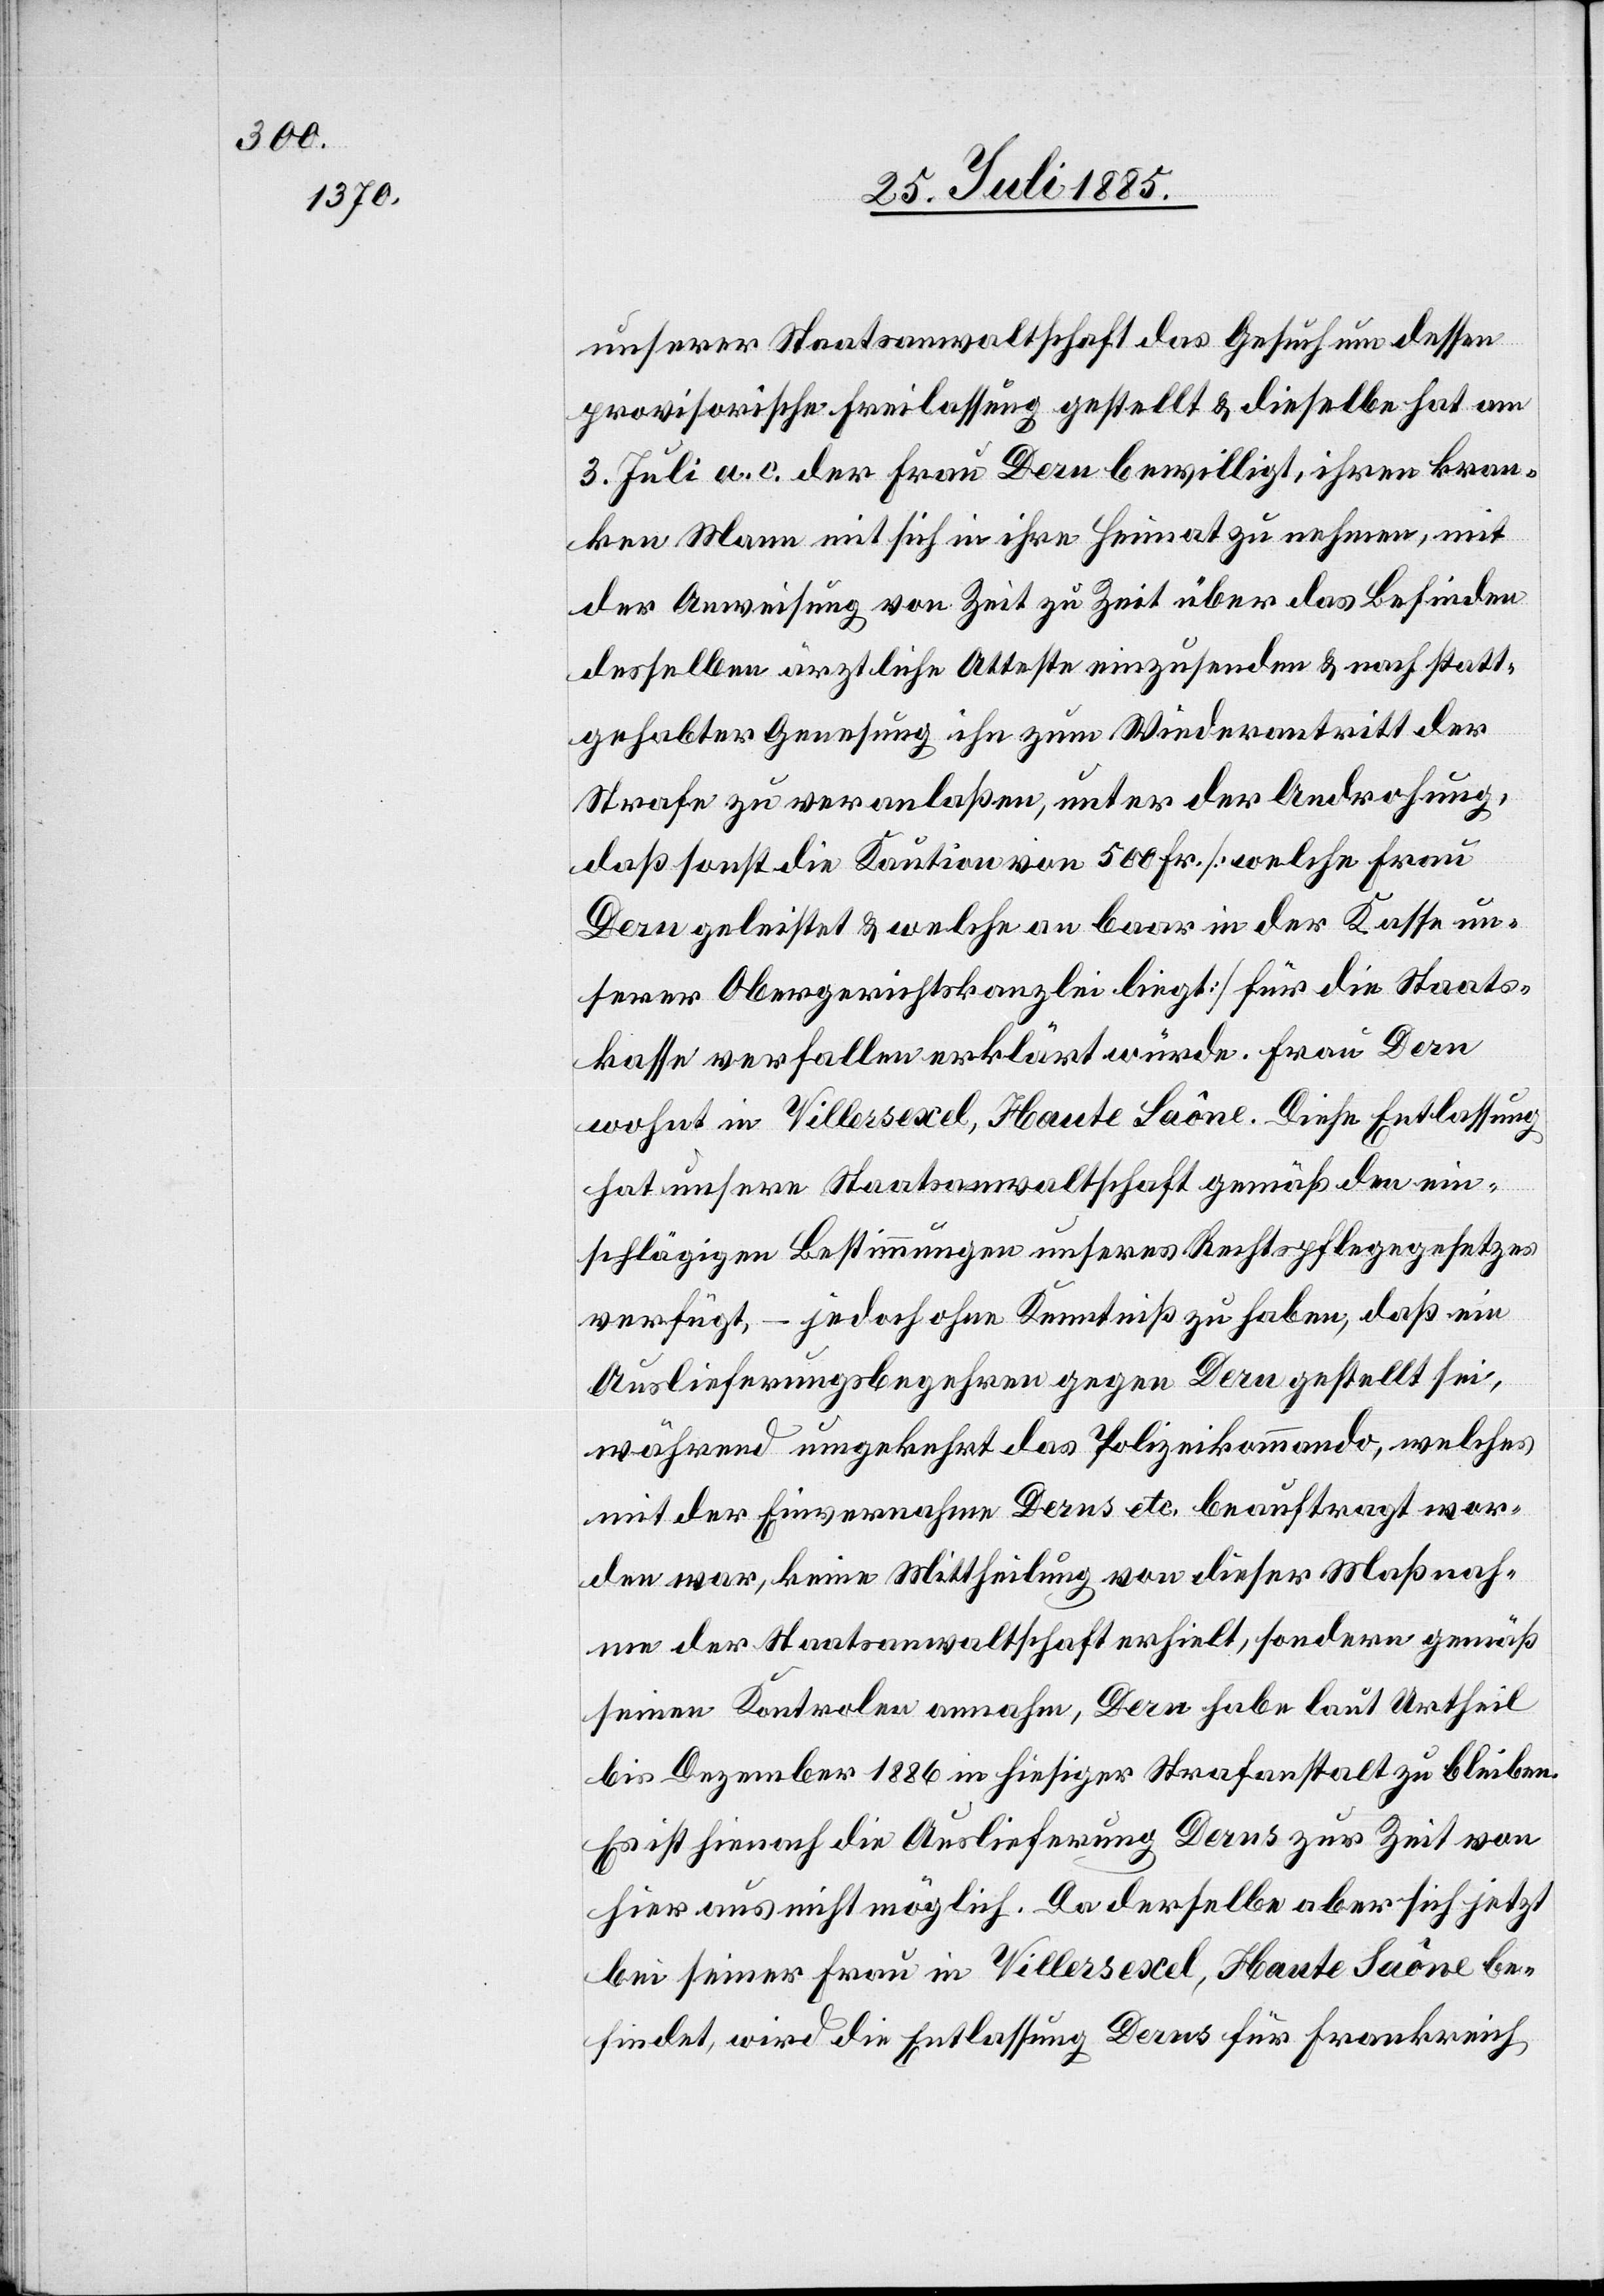
unserer Staatsanwaltschaft das Gesuch um dessen
provisorische Freilassung gestellt & dieselbe hat am
3. Juli a. c. der Frau Dern bewilligt, ihren kran¬
ken Mann mit sich in ihre Heimat zu nehmen, mit
der Anweisung von Zeit zu Zeit über das Befinden
desselben ärztliche Atteste einzusenden & nach statt¬
gehabter Genesung ihn zum Wiederantritt der
Strafe zu veranlaßen, unter der Androhung,
daß sonst die Kaution von 500 Fr. [welche Frau
Dern geleistet & welche an baar in der Kasse un¬
serer Obergerichtskanzlei liegt] für die Staats¬
kasse verfallen erklärt würde. Frau Dern
wohnt in Villersexel, Haute Saône. Diese Entlassung
hat unsere Staatsanwaltschaft gemäß den ein¬
schlägigen Bestimmungen unseres Rechtspflegegesetzes
verfügt, – jedoch ohne Kenntniß zu haben, daß ein
Auslieferungsbegehren gegen Dern gestellt sei,
während umgekehrt das Polizeikommando, welches
mit der Einvernahme Derns etc. beauftragt wor¬
den war, keine Mittheilung von dieser Maßnah¬
me der Staatsanwaltschaft erhielt, sondern gemäß
seinen Kontrolen annahm, Dern habe laut Urtheil
bis Dezember 1886 in hiesiger Strafanstalt zu bleiben.
Es ist hienach die Auslieferung Derns zur Zeit von
hier aus nicht möglich. Da derselbe aber sich jetzt
bei seiner Frau in Villersexel, Haute Saône be¬
findet, wird die Entlassung Derns für Frankereich